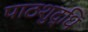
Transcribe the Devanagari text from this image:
पाठशुद्धि